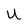
Character: U